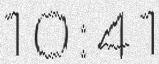
10:41